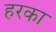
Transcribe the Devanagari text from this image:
हरका